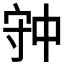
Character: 𡨌